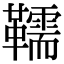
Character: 𩍥